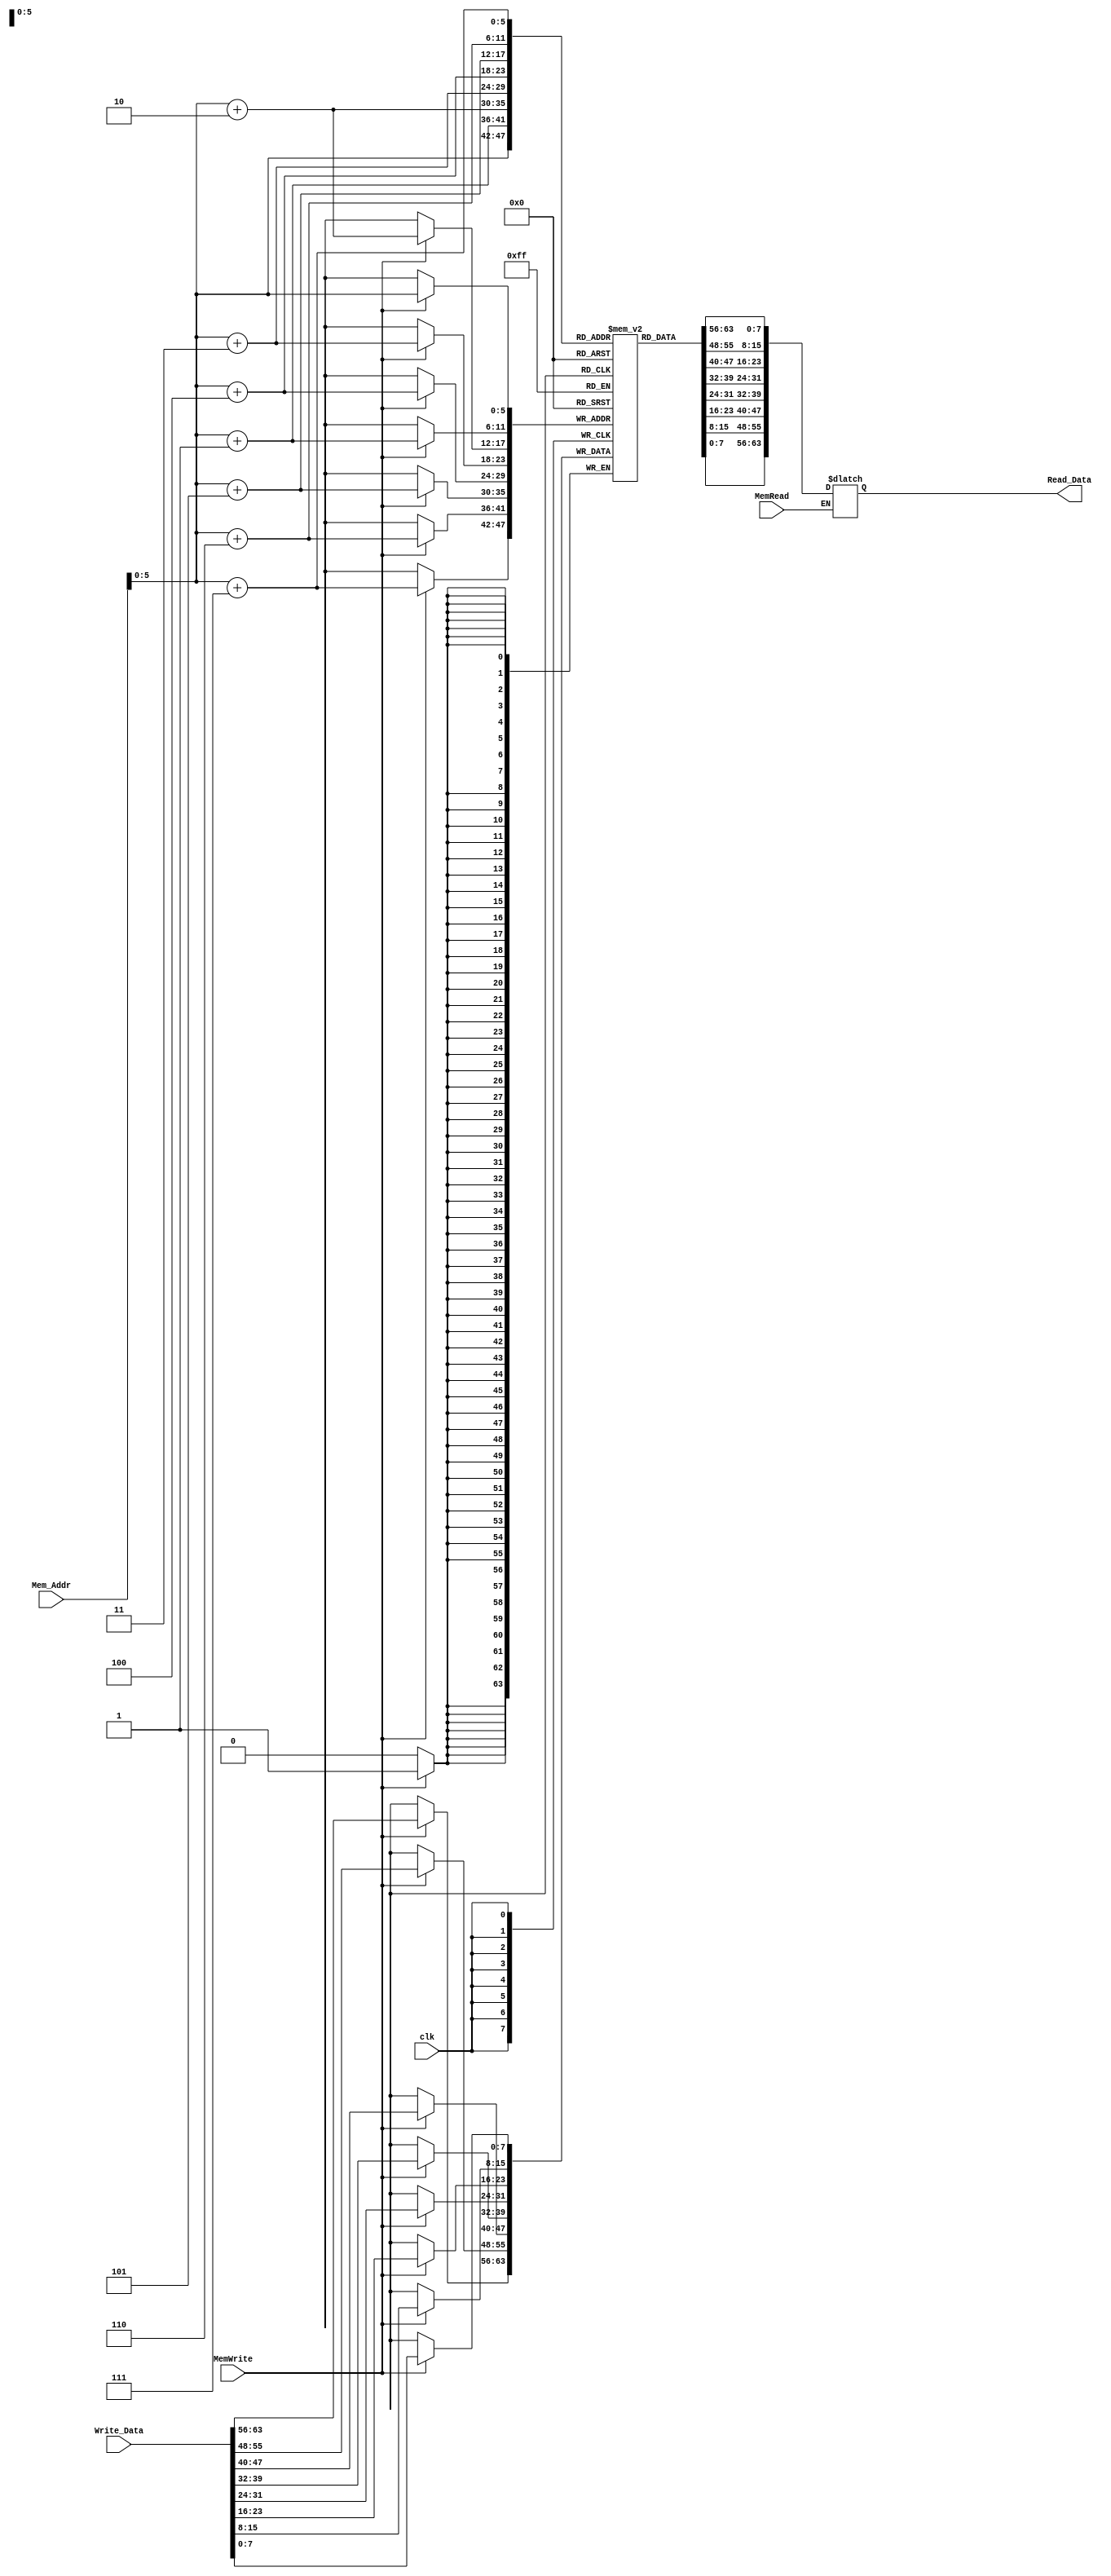
module Data_Memory(

	input [63:0] Mem_Addr, 
	input [63:0] Write_Data,
	input clk, MemWrite, MemRead,
	output reg [63:0] Read_Data
);

reg [7:0] memory [63:0];

initial 
begin
	
	{memory[7], memory[6],memory[5],memory[4],memory[3],memory[2],memory[1],memory[0]} = 64'h4;
	
	{memory[15] , memory[14], memory[13], memory[12], memory[11],memory[10], memory[9], memory[8] } = 64'h40;
	
	{memory[23] ,memory[22],memory[21],memory[20],memory[19],memory[18],memory[17],memory[16]} = 64'h5;
	
	{memory[31] , memory[30],memory[29],memory[28],memory[27],memory[26],memory[25],memory[24]} = 64'h50;
	
	{memory[39] , memory[38],memory[37],memory[36],memory[35] ,memory[34],memory[33],memory[32]} = 64'h11;
	
	{memory[47] ,memory[46],memory[45],memory[44],memory[43],memory[42],memory[41],memory[40]} = 64'h100;
	
	{memory[55],memory[54],memory[53],memory[52],memory[51],memory[50],memory[49],memory[48]} = 64'h44;
	
	{memory[63], memory[62],memory[61],memory[60],memory[59],memory[58],memory[57],memory[56]} = 64'h55;

end






always @(posedge clk)
begin
	if (MemWrite)
	begin
		memory[Mem_Addr] = Write_Data[7:0];
		memory[Mem_Addr + 1] = Write_Data[15:8]; 
		memory[Mem_Addr + 2] = Write_Data[23:16];
		memory[Mem_Addr + 3] = Write_Data[31:24];
		memory[Mem_Addr + 4] = Write_Data[39:32];
		memory[Mem_Addr + 5] = Write_Data[47:40];
		memory[Mem_Addr + 6] = Write_Data[55:48];
		memory[Mem_Addr + 7] = Write_Data[63:56];
		
	end
end	

always @(*) begin
    if (MemRead)
        Read_Data = {memory[Mem_Addr + 7], memory[Mem_Addr + 6], memory[Mem_Addr + 5], memory[Mem_Addr + 4], memory[Mem_Addr + 3], memory[Mem_Addr + 2], memory[Mem_Addr + 1], memory[Mem_Addr]};
end
 
	
endmodule